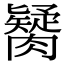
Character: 𦡼